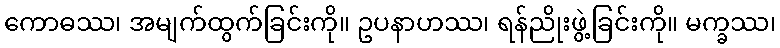
ကောဓဿ၊ အမျက်ထွက်ခြင်းကို။ ဥပနာဟဿ၊ ရန်ညိုးဖွဲ့ခြင်းကို။ မက္ခဿ၊